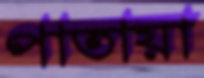
পাতায়া